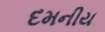
દમનીય